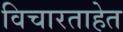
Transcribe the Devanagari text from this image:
विचारताहेत